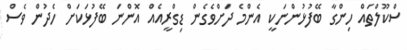
ސްކޫލްތައް ހިންގާ ބޭފުޅުންނަކީ އެންމެ ދަށްވެގެން ޑިގްރީއެއް އޮންނަ ބޭފުޅަކަށް ހެދުން ވެސް